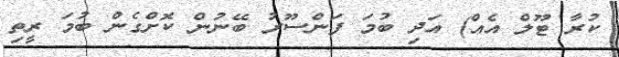
ކުރާ ޓޫލް އެއް) އަދި ބުމަ ފަންސޫރު ބޭނުން ކޮށްގެން ބުމަ ރީތި